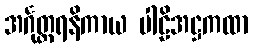
အင်္ဂုတ္တရနိကာယ ပါဠိအဋ္ဌကထာ